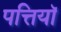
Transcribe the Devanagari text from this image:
पत्तियॉ